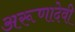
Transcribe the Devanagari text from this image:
अरूणादेवी